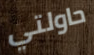
حاولتي